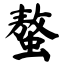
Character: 螯